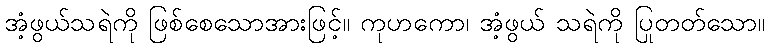
အံ့ဖွယ်သရဲကို ဖြစ်စေသောအားဖြင့်။ ကုဟကော၊ အံ့ဖွယ် သရဲကို ပြုတတ်သော။